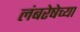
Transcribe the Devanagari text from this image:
लंबरेषेच्या